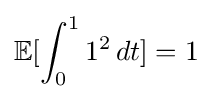
\mathbb {E} [\int _{0}^{1}1^{2}\,dt]=1